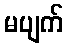
မပျက်